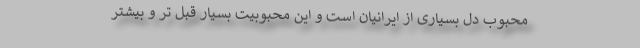
محبوب دل بسیاری از ایرانیان است و این محبوبیت بسیار قبل تر و بیشتر